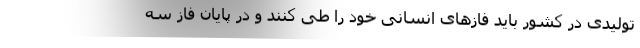
تولیدی در کشور باید فازهای انسانی خود را طی کنند و در پایان فاز سه